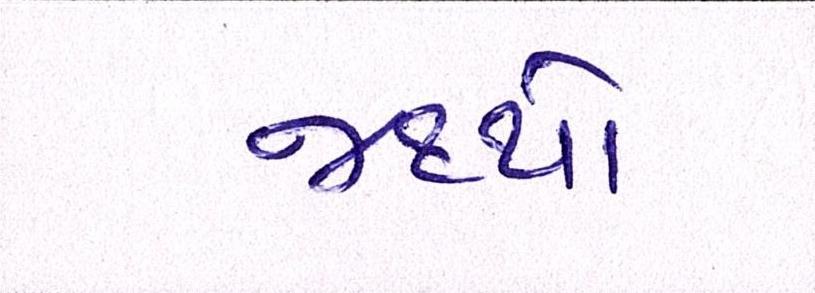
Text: જથ્થો